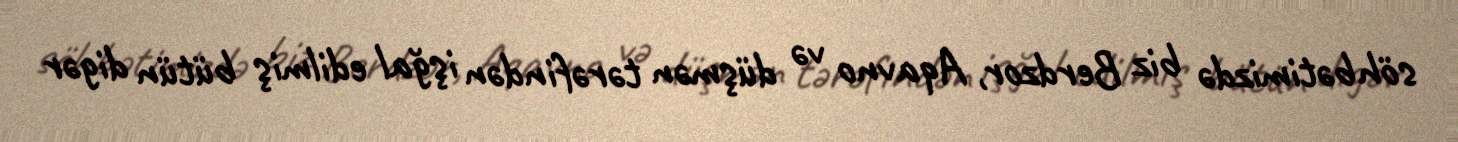
söhbətimizdə biz Berdzor, Aqavno və düşmən tərəfindən işğal edilmiş bütün digər